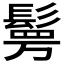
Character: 𮫉